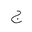
Letter: _gim